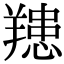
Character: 䍺